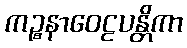
ကဉ္စနာဝေဠပန္တိကာ